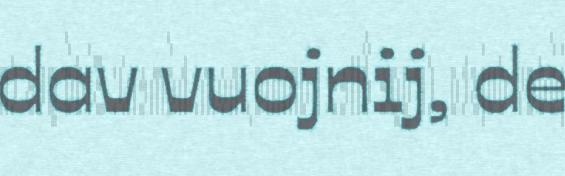
dav vuojnij, de